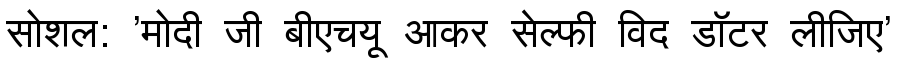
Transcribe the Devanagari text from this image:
सोशल: 'मोदी जी बीएचयू आकर सेल्फी विद डॉटर लीजिए'